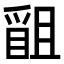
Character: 𭶴